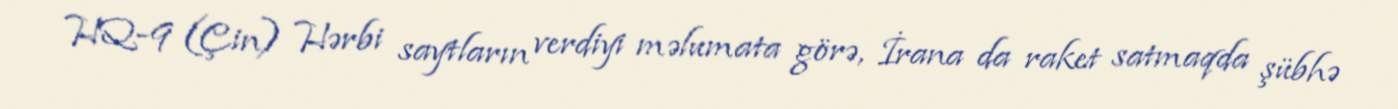
HQ-9 (Çin) Hərbi saytların verdiyi məlumata görə, İrana da raket satmaqda şübhə